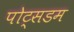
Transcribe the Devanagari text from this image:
पोट्सडम